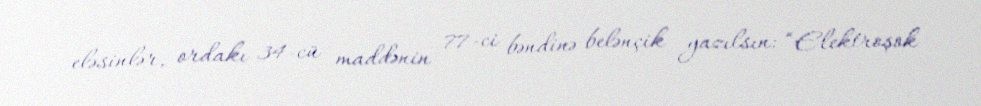
eləsinlər, ordakı 34-cü maddənin 77-ci bəndinə belənçik yazılsın: “Elektroşok